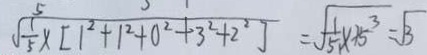
\sqrt { \frac { 1 } { 5 } \times [ 1 ^ { 2 } + 1 ^ { 2 } + 0 ^ { 2 } + 3 ^ { 2 } + 2 ^ { 2 } ] } = \sqrt { \frac { 1 } { 5 } x + 5 ^ { 3 } } = \sqrt { 3 }